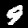
Digit: 9